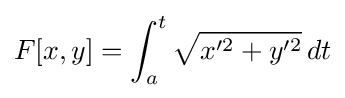
F[x,y]=\int _{a}^{t}{\sqrt {x'^{2}+y'^{2}}}\,dt